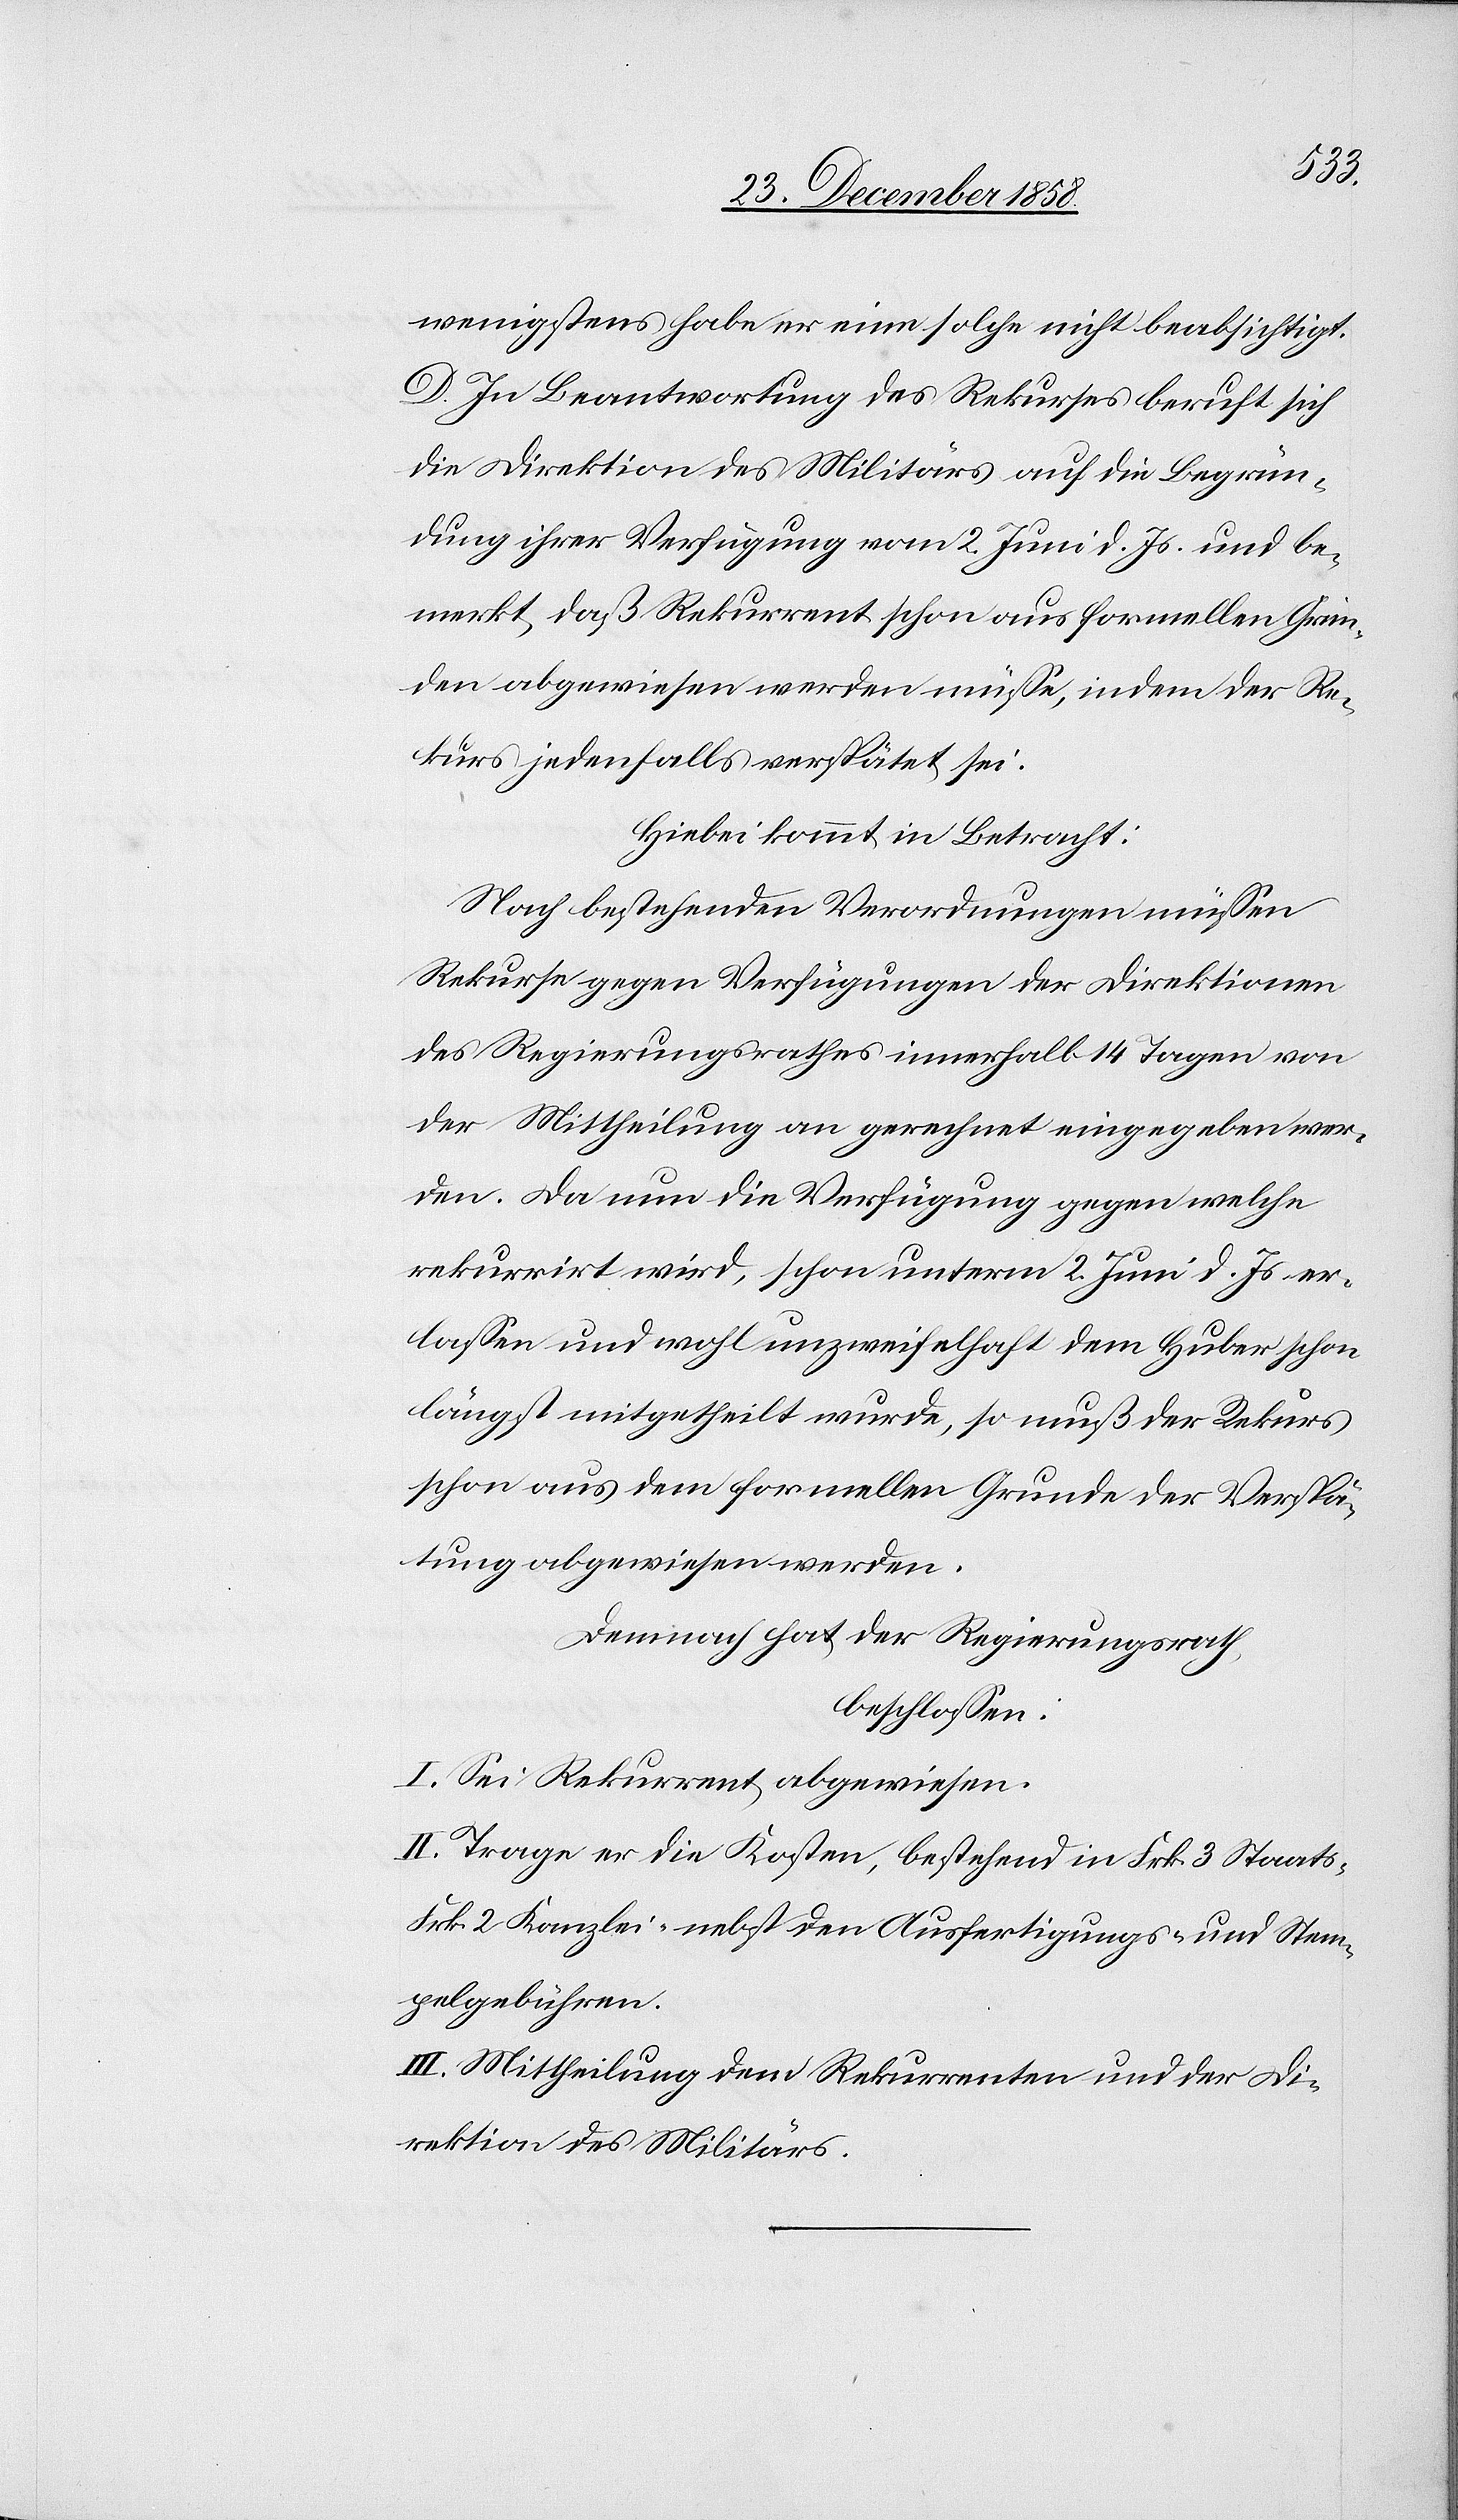
wenigstens habe er eine solche nicht beabsichtigt.
D. In Beantwortung des Rekurses beruft sich
die Direktion des Militärs auf die Begrün¬
dung ihrer Verfügung vom 2. Juni d. Js. und be¬
merkt, daß Rekurrent schon aus formellen Grün¬
den abgewiesen werden müsse, indem der Re¬
kurs jedenfalls verspätet sei.
Hiebei kommt in Betracht:
Nach bestehenden Verordnungen müssen
Rekurse gegen Verfügungen der Direktionen
des Regierungsrathes innerhalb 14 Tagen von
der Mittheilung an gerechnet eingegeben wer¬
den. Da nun die Verfügung gegen welche
rekurrirt wird, schon unterm 2. Juni d. Js. er¬
lassen und wohl unzweifelhaft dem Huber schon
längst mitgetheilt wurde, so muß der Rekurs
schon aus dem formellen Grunde der Verspä¬
tung abgewiesen werden.
Demnach hat der Regierungsrath
beschlossen:
I. Sei Rekurrent abgewiesen.
II. Trage er die Kosten, bestehend in Frk. 3 Staats-[,]
Frk. 2 Kanzlei-[,] nebst den Ausfertigungs- und Stem¬
pelgebühren.
III. Mittheilung dem Rekurrenten und der Di¬
rektion des Militärs.